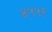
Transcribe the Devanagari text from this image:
४५५९